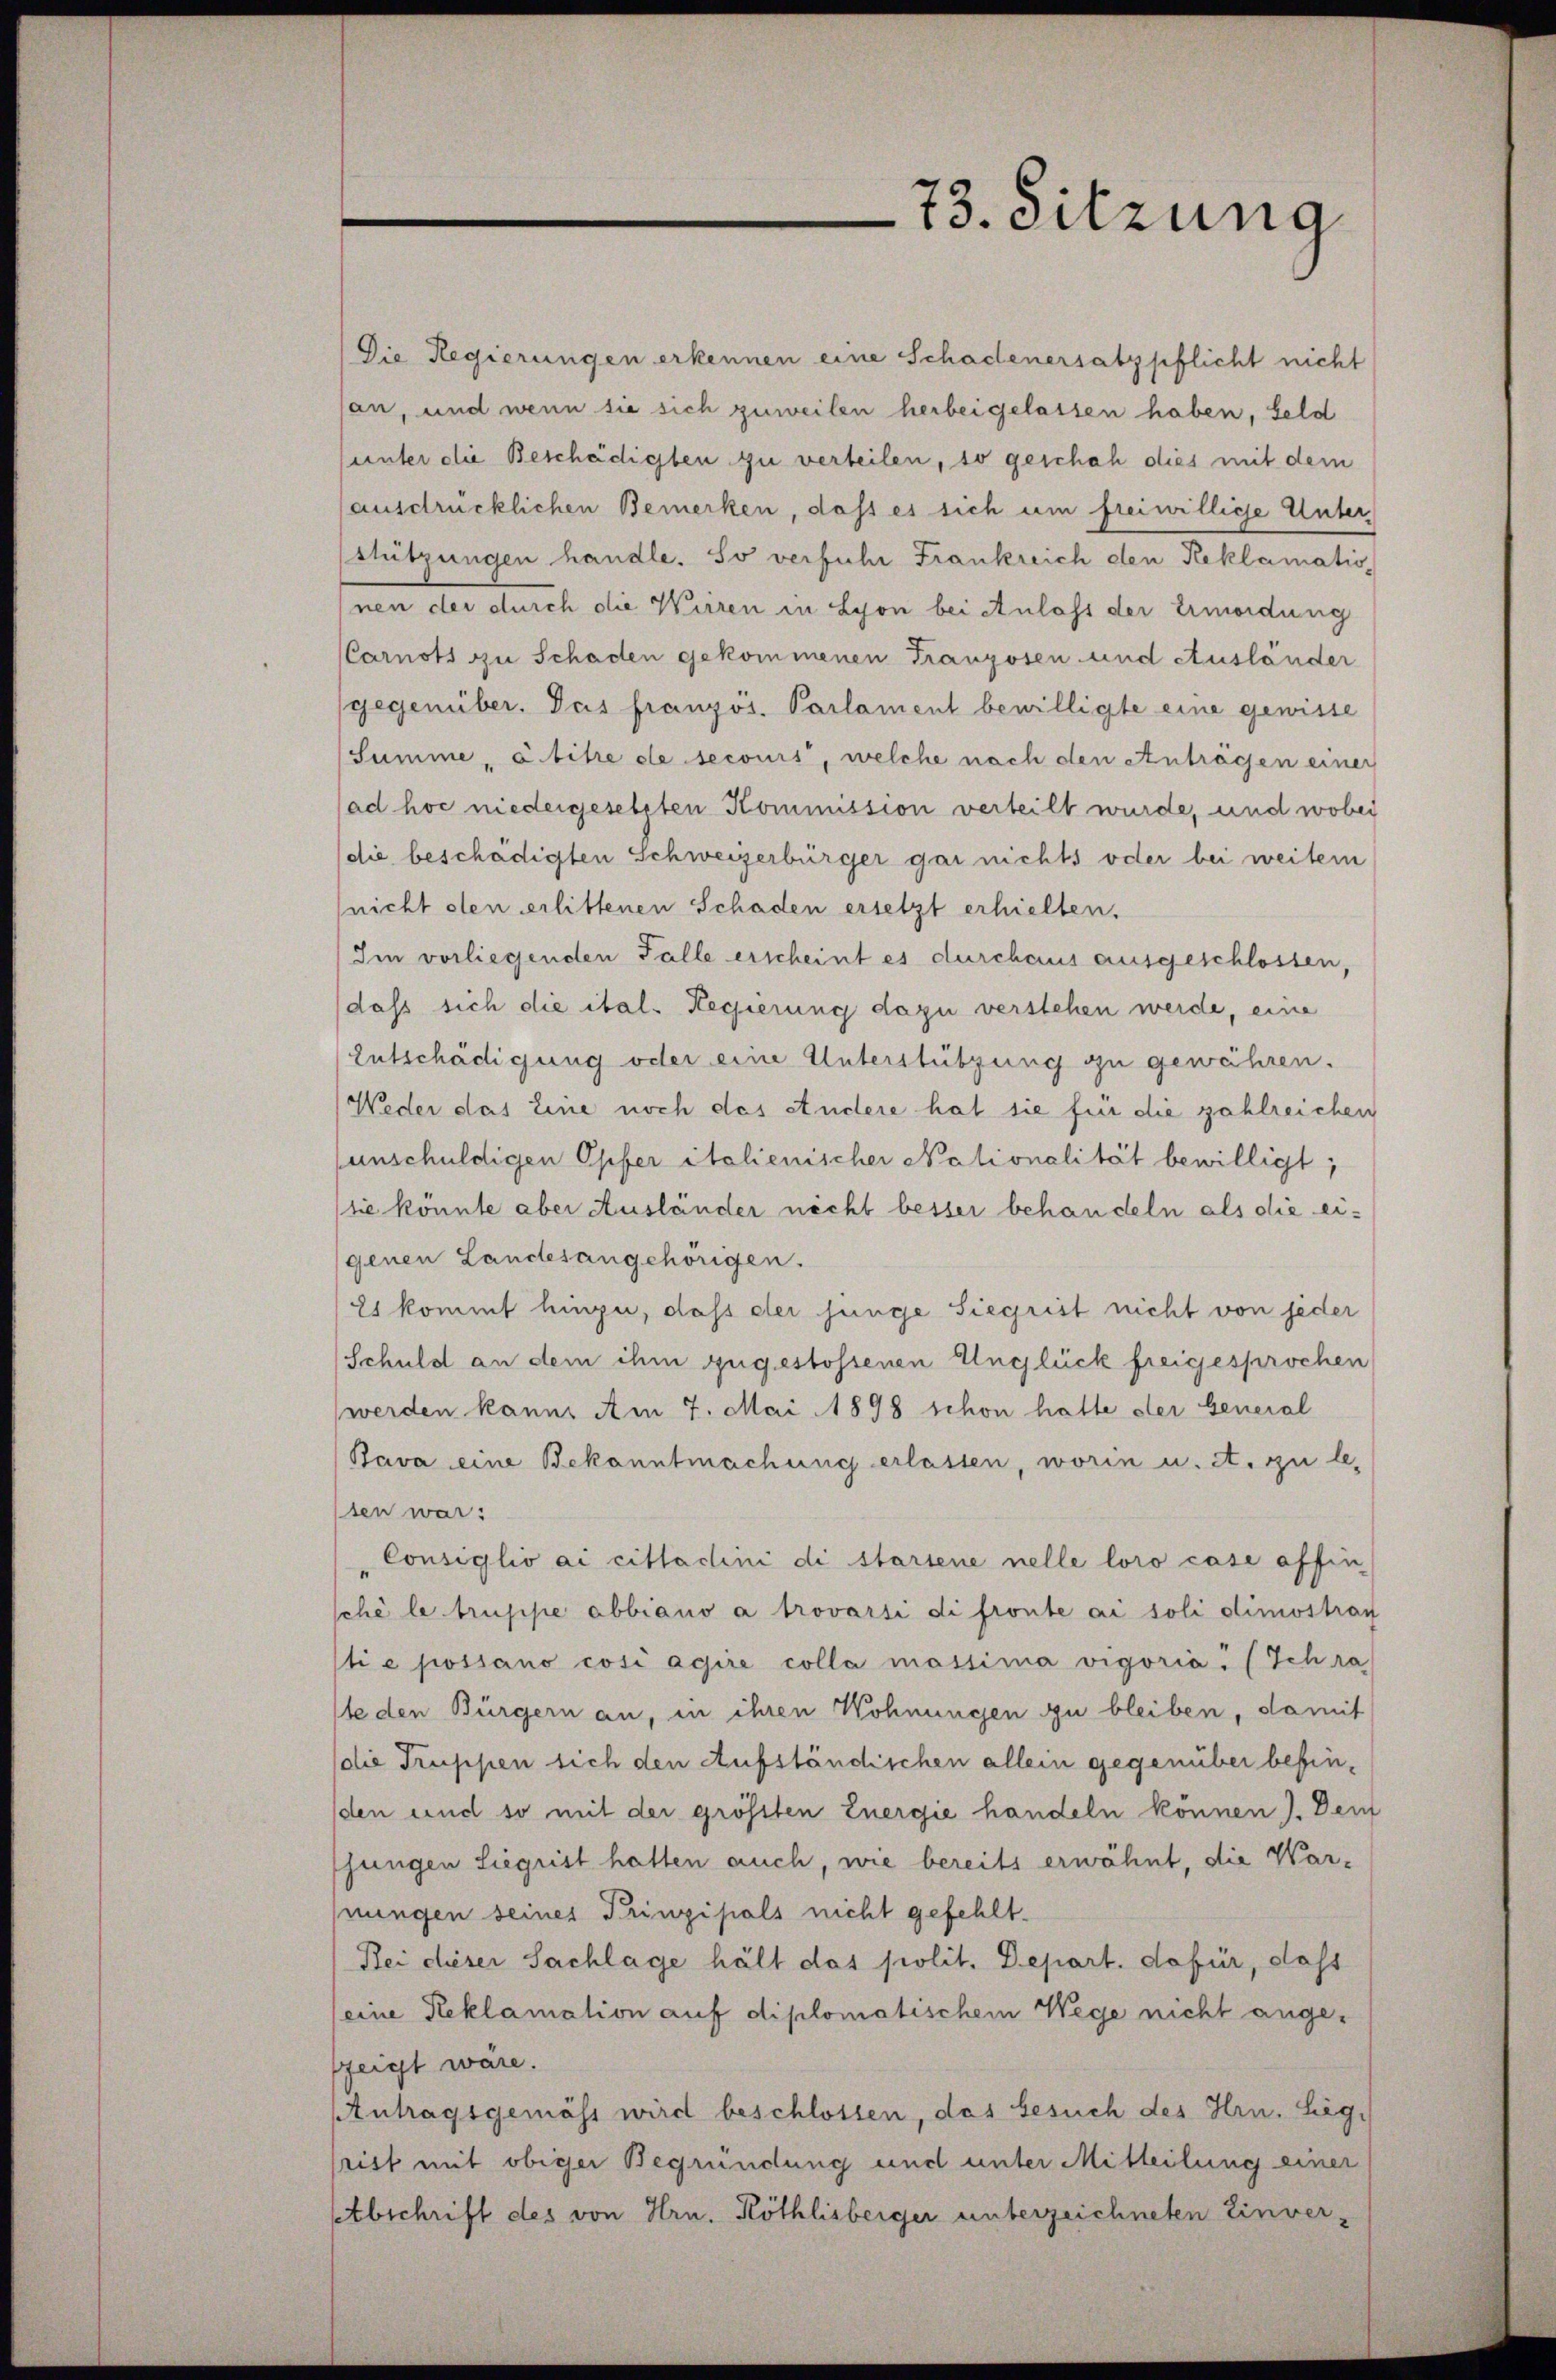
73. Sitzung

Die Regierungen erkennen eine Schadenersatzpflicht nicht
an, und wenn sie sich zuweilen herbei gelassen haben, Geld
unter die Beschädigten zu verteilen, so geschah dies mit dem
ausdrücklichen Bemerken, dass es sich um freiwillige Unterstützungen handle. So verführ Frankreich den Reklamation
nen der durch die Weisen in Lyon bei Anlass der Ermordung
CCarnots zu Schaden gekommenen Franzosen und Ausländer
gegenüber. Das französ. Parlament bewilligte eine gewisse
Summe, abitre de secours, welche nach den Anträgen einer
ad hoc niedergesetzten Kommission verteilt wurde, und wobei
(die beschädigten Schweizerbürger gar nichts oder bei weiter
(nicht den erlittenen Schaden ersetzt erhielten.
Im vorliegenden Falle erscheint es durchaus ausgeschlossen,
dass sich die ital. Regierung dazu verstehen werde, eine
Entschädigung oder eine Unterstützung zu gewähren.
Weder das Eine noch das studere hat sie für die zahlreichen
unschuldigen Opfer italienischer Nationalität bewilligt;
(sie könnte aber Ausländer necht besser behandeln als die eigenen Landesangehörigen.
Es kommt hinzu, daß der jünge Siegrist nicht von jeder
Schuld an dem ihm zugestossenen Unglück freigesprochen
werden kann. Am 7. Mai 1898 schon hatte der General
Bava eine Bekanntmachung erlassen, worin u. A. zu lesen war:
Consiglio ai citlaclini di startene nelle loro case affin
sché le truppe abbiano a trovarsi di fronte ai soli dimostraf
tie possano cosi agire colla massima vigoria. (Schra
ste den Bürgern an, in ihren Wohnungen zu bleiben, damit
die Truppen sich den Aufständischen allein gegenüber befinden und so mit der grössten Energie handeln können). Den
jungen Siegrist hatten auch, wie bereits erwähnt, die Warnungen seines Prinzipals nicht gefehlt.
Bei dieser Sachlage hält das polit. Depart. dafür, dass
seine Reklamation auf diplomatischem Wege nicht angezeigt wäre.
Antragsgemäss wird beschlossen, das besuch des Hrn. Sigrist mit obiger Begründung und unter Mitteilung einer
Etbschrift des von Hrn. Röthlisberger unterzeichneten Einver-